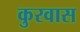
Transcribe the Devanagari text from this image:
कुरवास